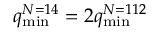
q _ { \mathrm { m i n } } ^ { N = 1 4 } = 2 q _ { \mathrm { m i n } } ^ { N = 1 1 2 }